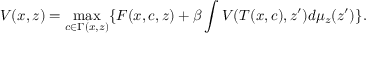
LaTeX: V ( x , z ) = \operatorname* { m a x } _ { c \in \Gamma ( x , z ) } \{ F ( x , c , z ) + \beta \int V ( T ( x , c ) , z ^ { \prime } ) d \mu _ { z } ( z ^ { \prime } ) \} .